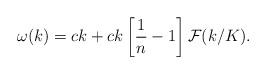
LaTeX: \begin{align*}\omega(k) = c k + ck \left[ {1\over n} - 1 \right] {\cal F}(k/K).\end{align*}